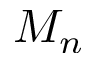
M _ { n }